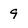
Character: 9